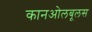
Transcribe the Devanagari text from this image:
कानओलबूलस